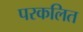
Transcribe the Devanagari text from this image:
परकलित